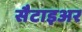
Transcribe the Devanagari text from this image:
सैटाइअर